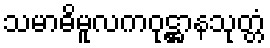
သမာဓိမူလကဝုဋ္ဌာနသုတ္တံ